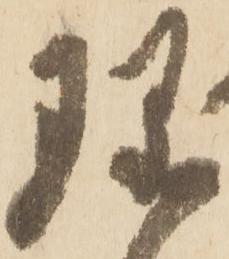
珎